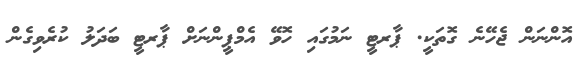
އޮންނަން ޖެހޭނެ ގޮތަކީ. ޕާރޓީ ނަމުގައި ހޮވޭ އެމްޕީންނަށް ޕާރޓީ ބަދަލު ކުރެވިގެން